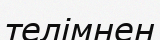
телімнен